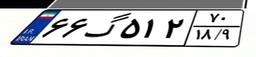
۵۷گ۶۰۱۴۱